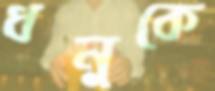
ধনুকে